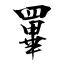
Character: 罼